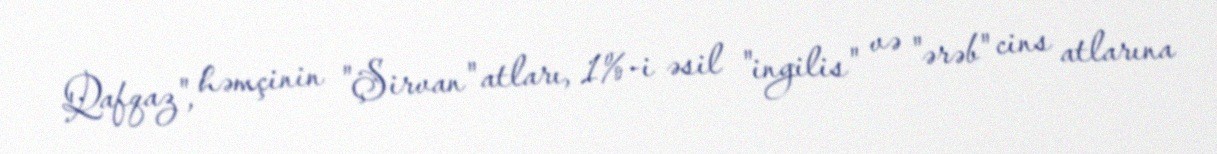
Qafqaz", həmçinin "Şirvan" atları, 1%-i əsil "ingilis" və "ərəb" cins atlarına